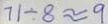
7 1 \div 8 \approx 9